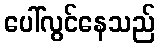
ပေါ်လွင်နေသည်